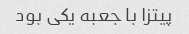
پیتزا با جعبه یکی بود